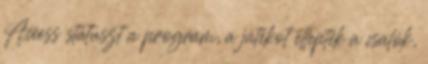
Access státuszt a program, a játékot ellepték a csalók,